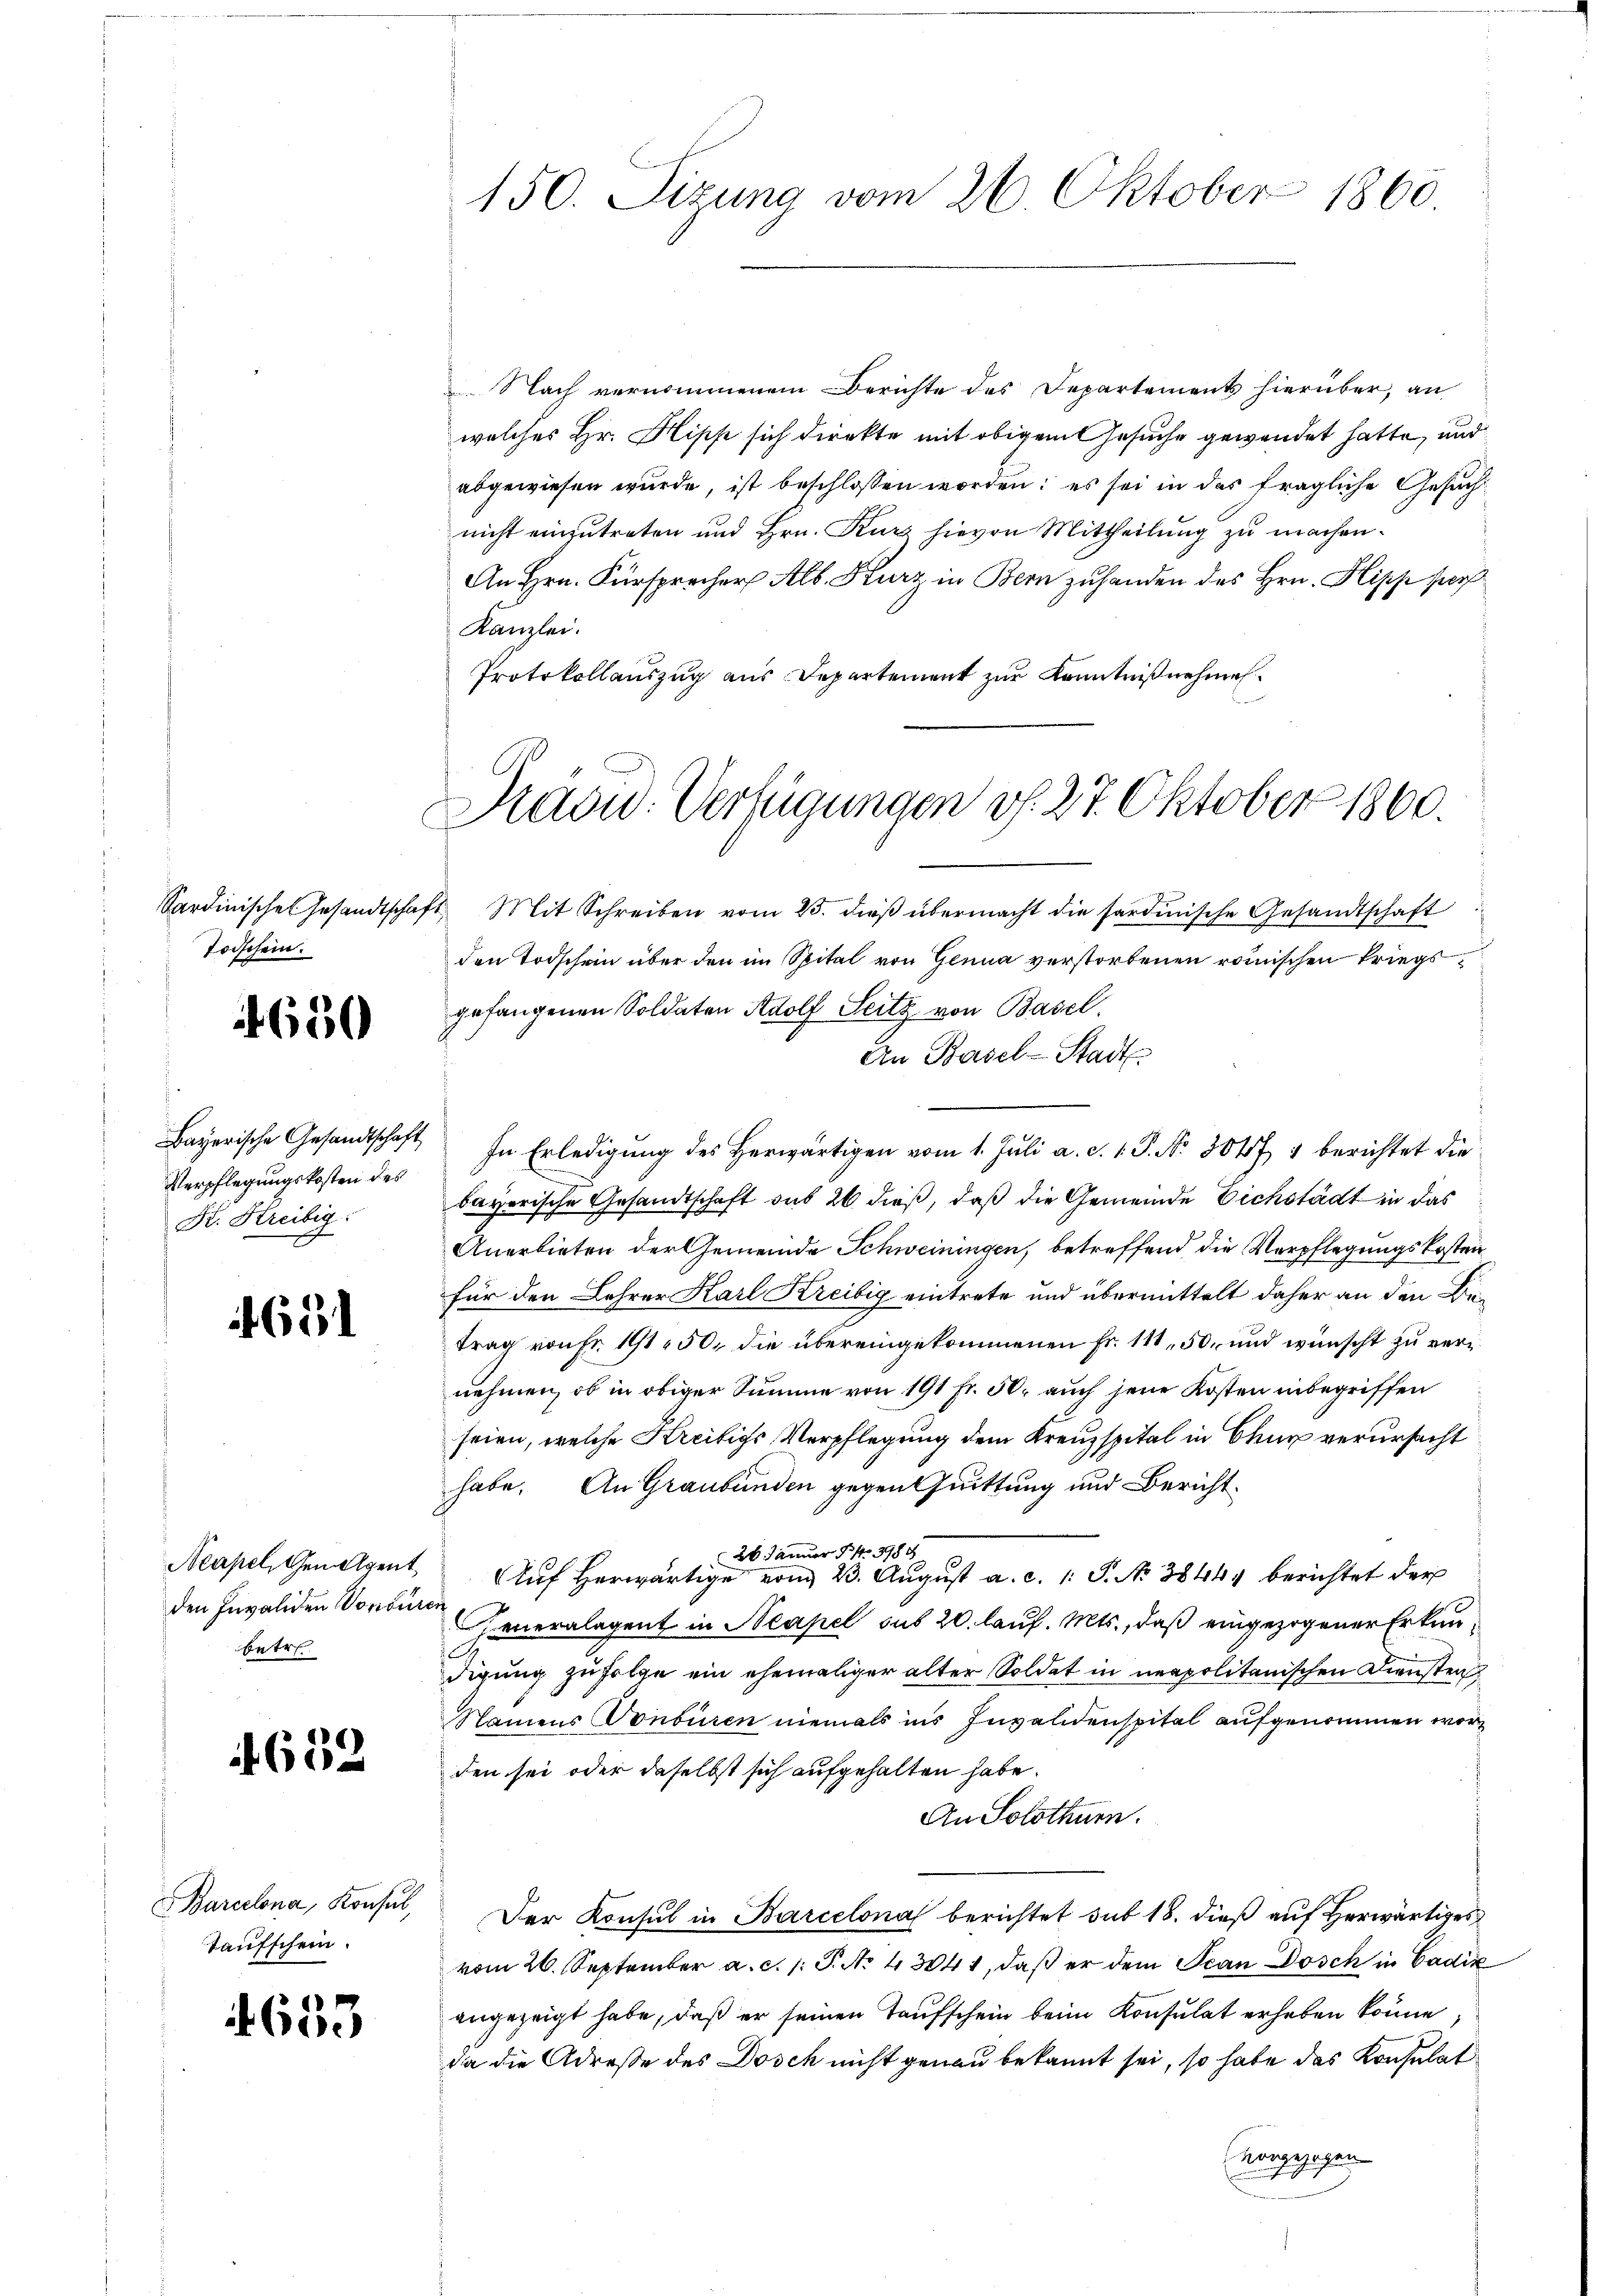
Todschein.

4650

Verpflegungskosten des
K. Kreibig.

651

den Invaliden Vorbur
betr

1652

Barcelona, Konsul,
Taufschein.

653

Nach vernommenem Berichte des Departement hierüber, an
welches Hr. Hipp sich direkte mit obigem Gesuche gewendet hatte, und
abgewiesen wurde, ist beschlossen worden; es sei in das fragliche Gesuch
nicht einzutreten und Hrn. Kurz hievon Mittheilung zu machen.
An Hrn. Fürsprecher Alb. Kurz in Bern zuhanden des Hrn. Klipp sor
Kanzlei.
Protokollauszug aus Departement zur Kenntniß nehmen
Sardinische Gesandtschaft Mit Schreiben vom 25. dieβ übermacht die sardinische Gesandtschaft
den Todschein über den im Spital von Genua verstorbenen römischen Kriegsgefangenen Soldaten Adolf Seitz von Basel.
An Basel-Stadt
Bayerische Gesandtschaft In Erledigŭng des herwärtigen vom 1. Jŭli a. c. 1. P. Nr. 3047 1 berichtet die
bayorische Gesandtschaft das 20 dieß, daß die Gemeinde Eichstädt in das
Anerbieten der Gemeinde Schweiningen, betreffend die Verpflegungskosten
für den Lehrer Karl Kreibig eintrete und übermittelt daher an den Betrag von Fr. 191. 50, die übereingekommenen Fr. 111, 50 und wünscht zu vernehmen, ob in obiger Summe von 191 fr. 50. auch jene Kosten inbegriffen
seien, welche Kreitige Verpflegung dem Kreuzspital in Chur verursacht
habe. An Graubünden gegen Quittung und Bericht¬
26. Jänner P. Nr. 3988
Neapel, Genolgent. Aŭf herwärtige von 23. Aŭgŭst a. c. 1: P. Nr. 38444 berichtet der
er
Hieneralagent in Neapel sub 20. lauf. Mts., daß eingezogener Erkun¬
1
digung zufolge ein ehemaliger alter Soldat in neapolitanischen Diensten
Namens Vonburen niemals ins Invalidenspital aufgenommen worden sei oder daselbst sich aufgehalten habe.
An Solothurn.
Der Konsul in Barcelona berichtet sub 18. dieß auf herwärtiges
vom 26. September a. c. /: P. No 43041, daß er dem Jean Dosch in Cadik
angezeigt habe, daß er seinen Taufschein beim Konsulat erheben könne,
da die Adresse des Dosch nicht genau bekannt sei, so habe das Konsulat
vorgezogen

150. Sizung vom 26. Oktober 1860.

Pradw. Verfügungen v. 27. Oktober 1860.